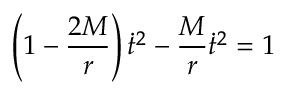
\left( 1 - { \frac { 2 M } { r } } \right) { \dot { t } } ^ { 2 } - { \frac { M } { r } } { \dot { t } } ^ { 2 } = 1